Annual report of lunatic asylums [Bombay] - 1912-1922
Year: 1912
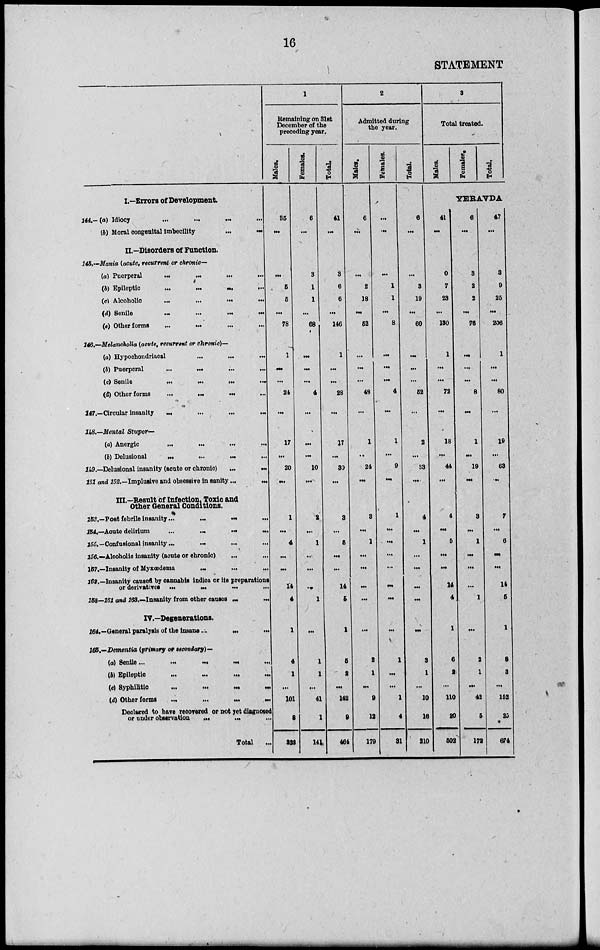
16
STATEMENT
I.—Errors of Development.
144.––(a) Idiocy ... ... ... ...
(b) Moral congenital imbecility
...
...
II.—Disorders of Function.
145.—Mania (acute, recurrent or chronic —
(a) Puerperal
...
...
...
...
(b) Epileptic
...
...
...
...
(c) Alcoholic ... ... ... ...
(d) Senile
...
...
...
...
(e) Other forms
...
...
...
...
146.—Melancholia (acute, recurrent or chronic)—
(a) Hypochondriacal ... ... ...
(b) Puerperal
...
...
...
(c) Senile
...
...
...
...
(d) Other forms
...
...
...
...
147.—Circular insanity
...
...
...
...
148.—Mental Stupor—
(a) Anergic
...
...
...
...
(b) Delusional
...
...
...
...
149.—Delusional insanity (acute or chronic)
...
...
151 and 152.—Implusive and obsessive in sanity ...
...
III.—Result of Infection, Toxic and
Other General Conditions.
153.—Post febrile insanity ...
...
...
...
154.—Acute delirium
...
...
...
...
155. –– Confusional insanity
...
...
...
...
156.—Alcoholic insanity (acute or chronic) ... ...
157.—Insanity of Myxœdema
...
...
...
162.—Insanity caused by cannabis indica or its preparations
or derivatives
...
...
...
...
158—161 and 163.—Insanity from other causes ... ...
IV.—Degenerations.
164.—General paralysis of the insane ...
...
...
165.—Dementia (primary or secondary)—
(a) Senile ... ... ... ...
(b)
Epileptic
...
...
...
...
(c) Syphilitic
...
...
...
...
(d) Other forms
... ... ... ... ...
Declared to have recovered or not yet diagnosed
or under observation ... ... ...
Total ...
1
Remaining on 31st
December of the
preceding year.
Males.
35
...
...
5
5
...
78
1
...
...
24
...
17
...
20
...
1
...
4
...
...
14
4
1
4
1
...
101
8
323
Females.
6
...
3
1
1
...
68
...
...
...
4
...
...
...
10
...
2
...
1
..
...
...
1
...
1
1
...
41
1
141
Total.
41
...
3
6
6
...
146
1
...
...
28
...
17
...
30
...
3
...
5
...
...
14
5
1
5
2
...
142
9
464
2
Admitted during
the year.
Males.
6
...
...
2
18
...
52
...
...
...
48
...
1
...
24
...
3
...
1
...
...
...
...
...
2
1
...
9
12
179
Females.
...
...
...
1
1
...
8
...
...
...
4
...
1
...
9
...
1
...
...
...
...
...
...
...
1
...
...
1
4
31
Total.
6
...
...
3
19
...
60
...
...
...
52
...
2
...
33
...
4
...
1
...
...
...
...
...
3
1
...
10
16
210
3
Total treated.
Males.
Females.
Total.
YERAVDA
41
...
0
7
23
. ..
130
1
. ..
. ..
72
...
18
...
44
...
4
...
5
...
...
14
4
1
6
2
...
110
20
502
6
...
3
2
2
..
76
...
...
...
8
...
1
...
19
...
3
...
1
...
...
...
1
...
2
1
...
42
5
172
47
...
3
9
25
...
206
1
...
...
80
...
19
...
63
....
7
...
6
...
...
14
5
1
8
3
...
152
25
674